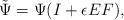
LaTeX: \begin{align*}\tilde{\Psi}=\Psi(I+\epsilon EF),\end{align*}